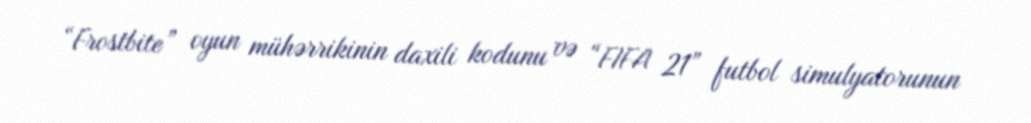
“Frostbite” oyun mühərrikinin daxili kodunu və “FIFA 21” futbol simulyatorunun